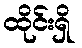
ထိုင်းရှိ